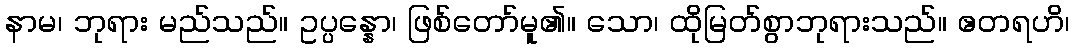
နာမ၊ ဘုရား မည်သည်။ ဥပ္ပန္နော၊ ဖြစ်တော်မူ၏။ သော၊ ထိုမြတ်စွာဘုရားသည်။ ဧတရဟိ၊